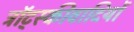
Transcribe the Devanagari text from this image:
ट्रॉट्स्कीवादियों